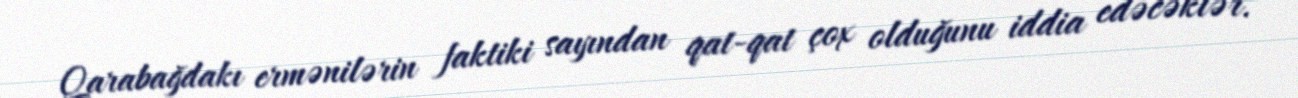
Qarabağdakı ermənilərin faktiki sayından qat-qat çox olduğunu iddia edəcəklər.